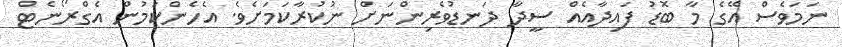
ނަމަވެސް އޭގެ މާ ބޮޑު ފައިދާއެއް ސީދާ ދަނޑުވެރިންނަށް ނުކުރާކަމަށެވެ. އެހެންކަމުން އެގްރޯނެޓް